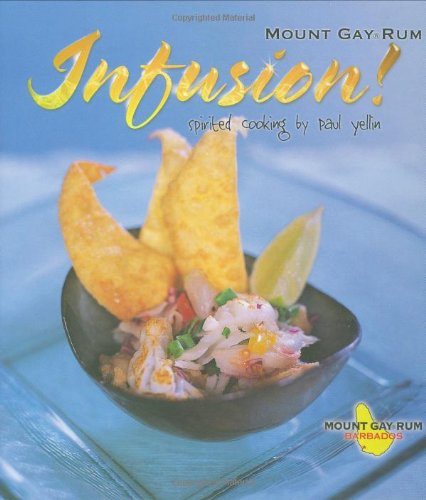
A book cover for Infusion: Spirited Cooking in the Caribbean (MacMillan Caribbean); Paul Yellin; Cookbooks, Food & Wine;